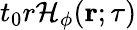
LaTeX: t_{0}r{\mathcal H}_{\phi}({\mathbf r};\tau)